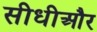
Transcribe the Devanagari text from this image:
सीधीऔर